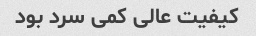
کیفیت عالی کمی سرد بود